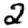
Digit: 2